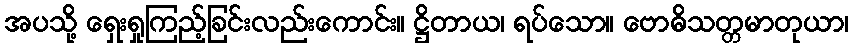
အပသို့ ရှေးရှုကြည့်ခြင်းလည်းကောင်း။ ဋ္ဌိတာယ၊ ရပ်သော။ ဗောဓိသတ္တမာတုယာ၊